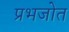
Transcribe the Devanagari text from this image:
प्रभजोत